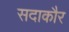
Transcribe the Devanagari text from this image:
सदाकौर